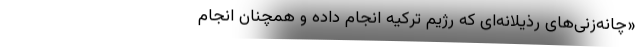
«چانه‌زنی‌های رذیلانه‌ای که رژیم ترکیه انجام داده و همچنان انجام